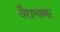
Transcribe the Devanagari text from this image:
वैराग्यांबर